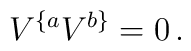
V^{ \{ a } V^{b\}}=0\,.